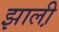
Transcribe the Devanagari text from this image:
झाली़